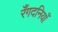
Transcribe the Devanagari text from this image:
रँगदनियाँ